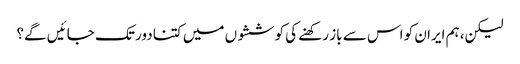
لیکن، ہم ایران کو اس سے باز رکھنے کی کوششوں میں کتنا دور تک جائیں گے؟